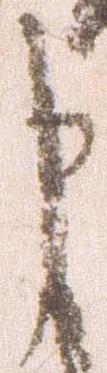
申